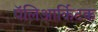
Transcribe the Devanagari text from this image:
पॅलिआर्किटक